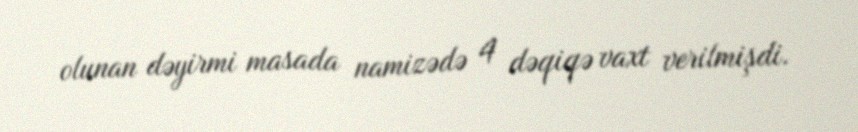
olunan dəyirmi masada namizədə 4 dəqiqə vaxt verilmişdi.